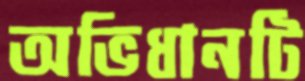
অভিধানটি